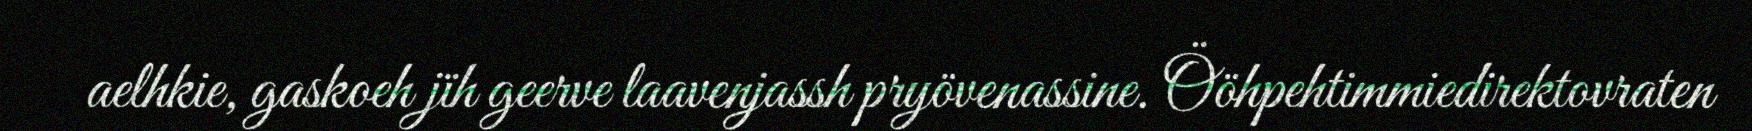
aelhkie, gaskoeh jïh geerve laavenjassh pryövenassine. Ööhpehtimmiedirektovraten